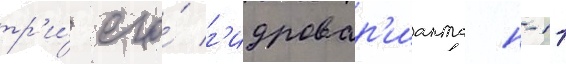
тр'и́ его́ г'идровар'ианта н-11